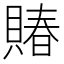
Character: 賰